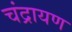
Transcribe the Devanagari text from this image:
चंद्रायण